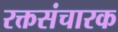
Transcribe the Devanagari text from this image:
रक्तसंचारक